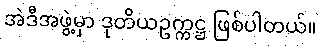
အဲဒီအဖွဲ့မှာ ဒုတိယဥက္ကဋ္ဌ ဖြစ်ပါတယ်။